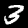
Label: 3